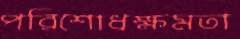
পরিশোধক্ষমতা